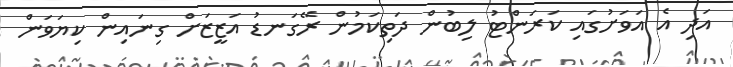
އަދި އެ އަވަށުގައި ކަރަންޓު ލިބުން ދަތިކަމުން ރޭގަނޑު އަޒީޒަށް ގިނައިން ކިޔަވަން